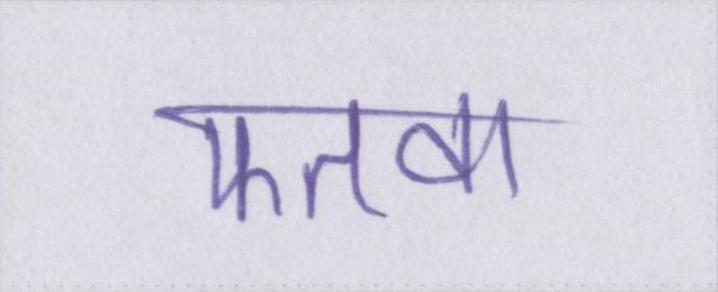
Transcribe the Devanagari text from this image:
फतवा